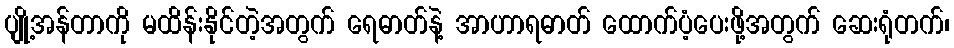
ပျို့အန်တာကို မထိန်းနိုင်တဲ့အတွက် ရေဓာတ်နဲ့ အာဟာရဓာတ် ထောက်ပံ့ပေးဖို့အတွက် ဆေးရုံတက်၊